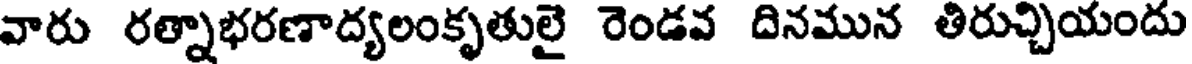
వారు రత్నాభరణాద్యలంకృతులై రెండవ దినమున తిరుచ్చియందు